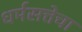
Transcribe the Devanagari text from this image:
धर्मसत्तेचा